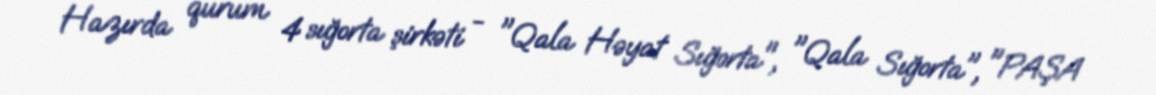
Hazırda qurum 4 sığorta şirkəti - "Qala Həyat Sığorta", "Qala Sığorta", "PAŞA